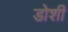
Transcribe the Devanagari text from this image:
डोशी